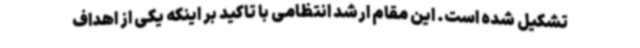
تشکیل شده است. این مقام ارشد انتظامی با تاکید بر اینکه یکی از اهداف